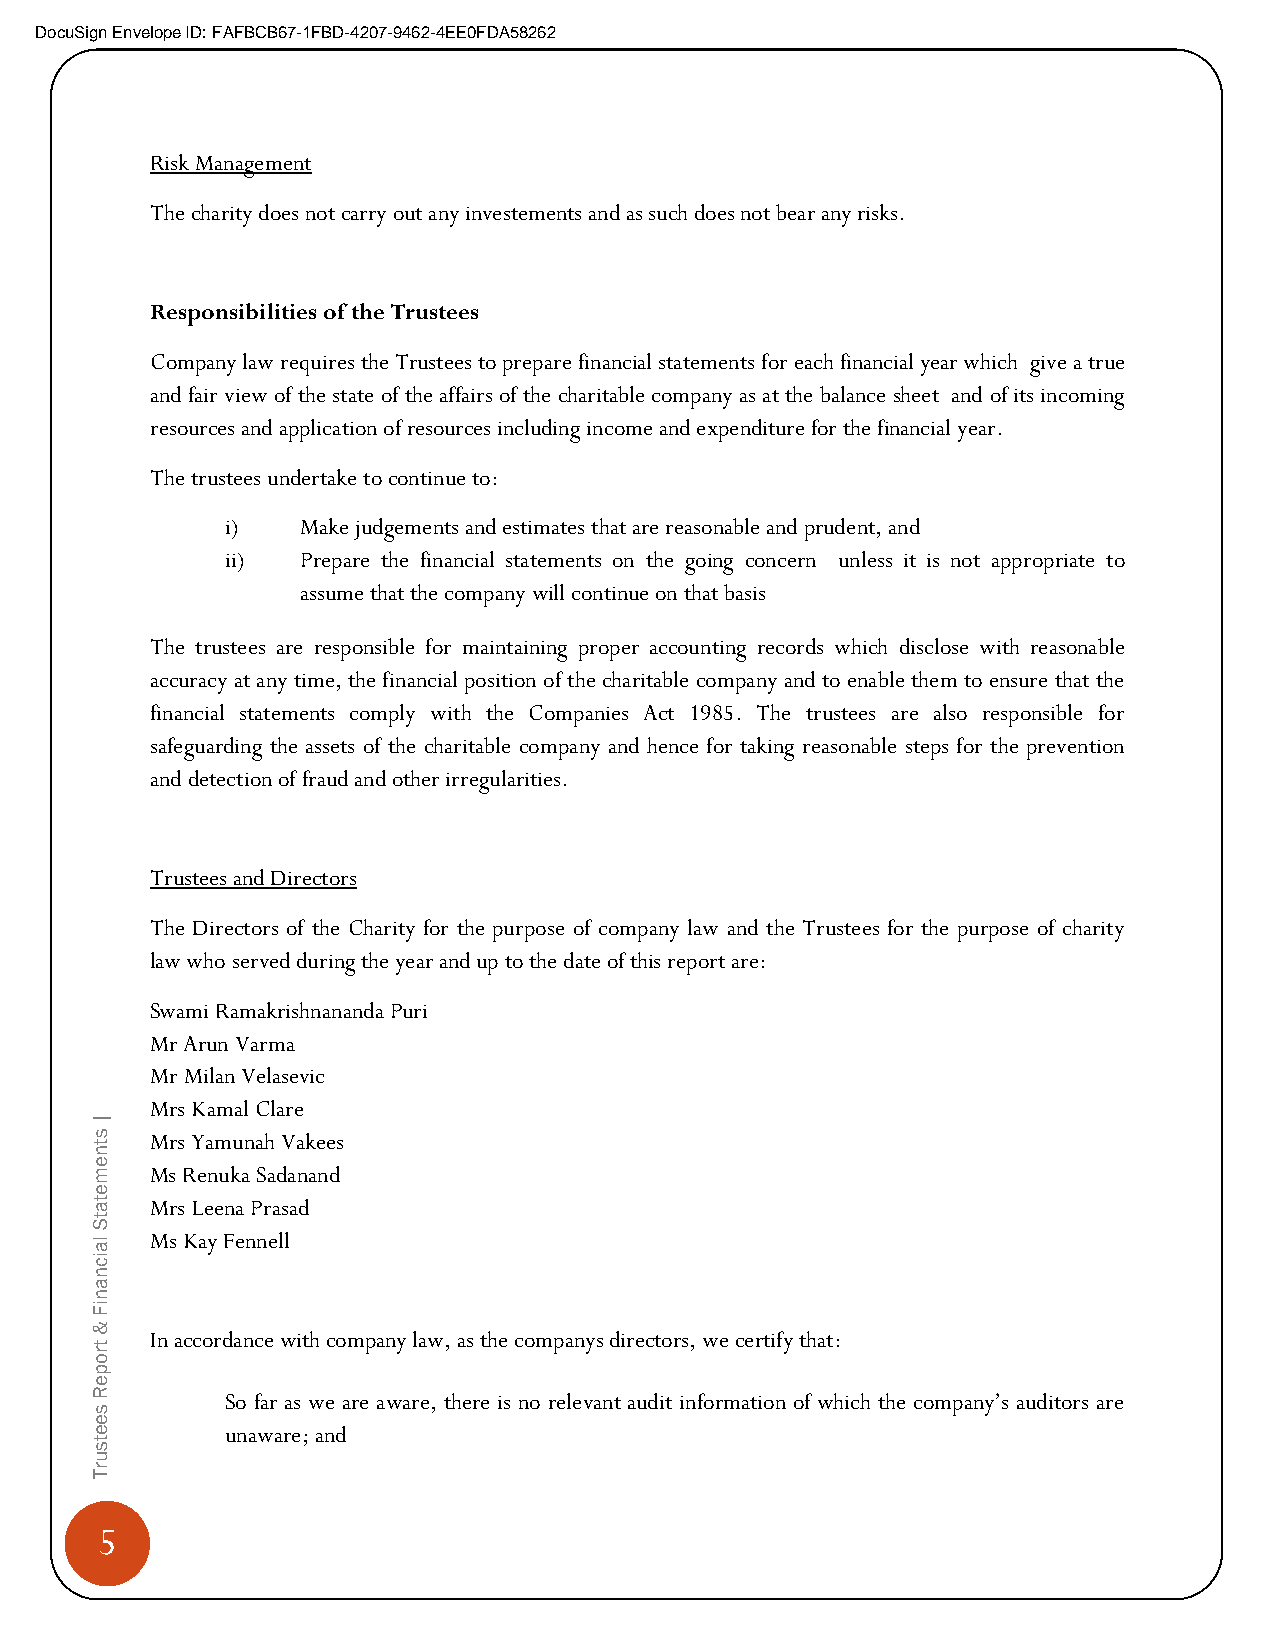
DocuSign Envelope ID: FAFBCB67-1FBD-4207-9462-4EE0FDA58262
 Risk Management
 The charity does not carry out any investements and as such does not bear any risks.
 Responsibilities of the Trustees
 Company law requires the Trustees to prepare financial statements for each financial year which give a true
 and fair view of the state of the affairs of the charitable company as at the balance sheet and of its incoming
 resources and application of resources including income and expenditure for the financial year.
 The trustees undertake to continue to:
 i)   Make judgements and estimates that are reasonable and prudent, and
 ii)  Prepare the financial statements on the going concern unless it is not appropriate to
 assume that the company will continue on that basis
 The trustees are responsible for maintaining proper accounting records which disclose with reasonable
 accuracy at any time, the financial position of the charitable company and to enable them to ensure that the
 financial statements comply with the Companies Act 1985. The trustees are also responsible for
 safeguarding the assets of the charitable company and hence for taking reasonable steps for the prevention
 and detection of fraud and other irregularities.
 Trustees and Directors
 The Directors of the Charity for the purpose of company law and the Trustees for the purpose of charity
 law who served during the year and up to the date of this report are:
 Swami Ramakrishnananda Puri
 Mr Arun Varma
 Mr Milan Velasevic
 |
 Mrs Kamal Clare
 s   Mrs Yamunah Vakees
 t
 n
 e
 m   Ms Renuka Sadanand
 e
 t a Mrs Leena Prasad
 t
 S
 la  Ms Kay Fennell
 ic
 n
 a
 n
 iF
 &
 tr
 In accordance with company law, as the companys directors, we certify that:
 o
 p
 e
 R        So far as we are aware, there is no relevant audit information of which the company’s auditors are
 s
 e
 e        unaware; and
 t
 s
 u
 r
 T
 5